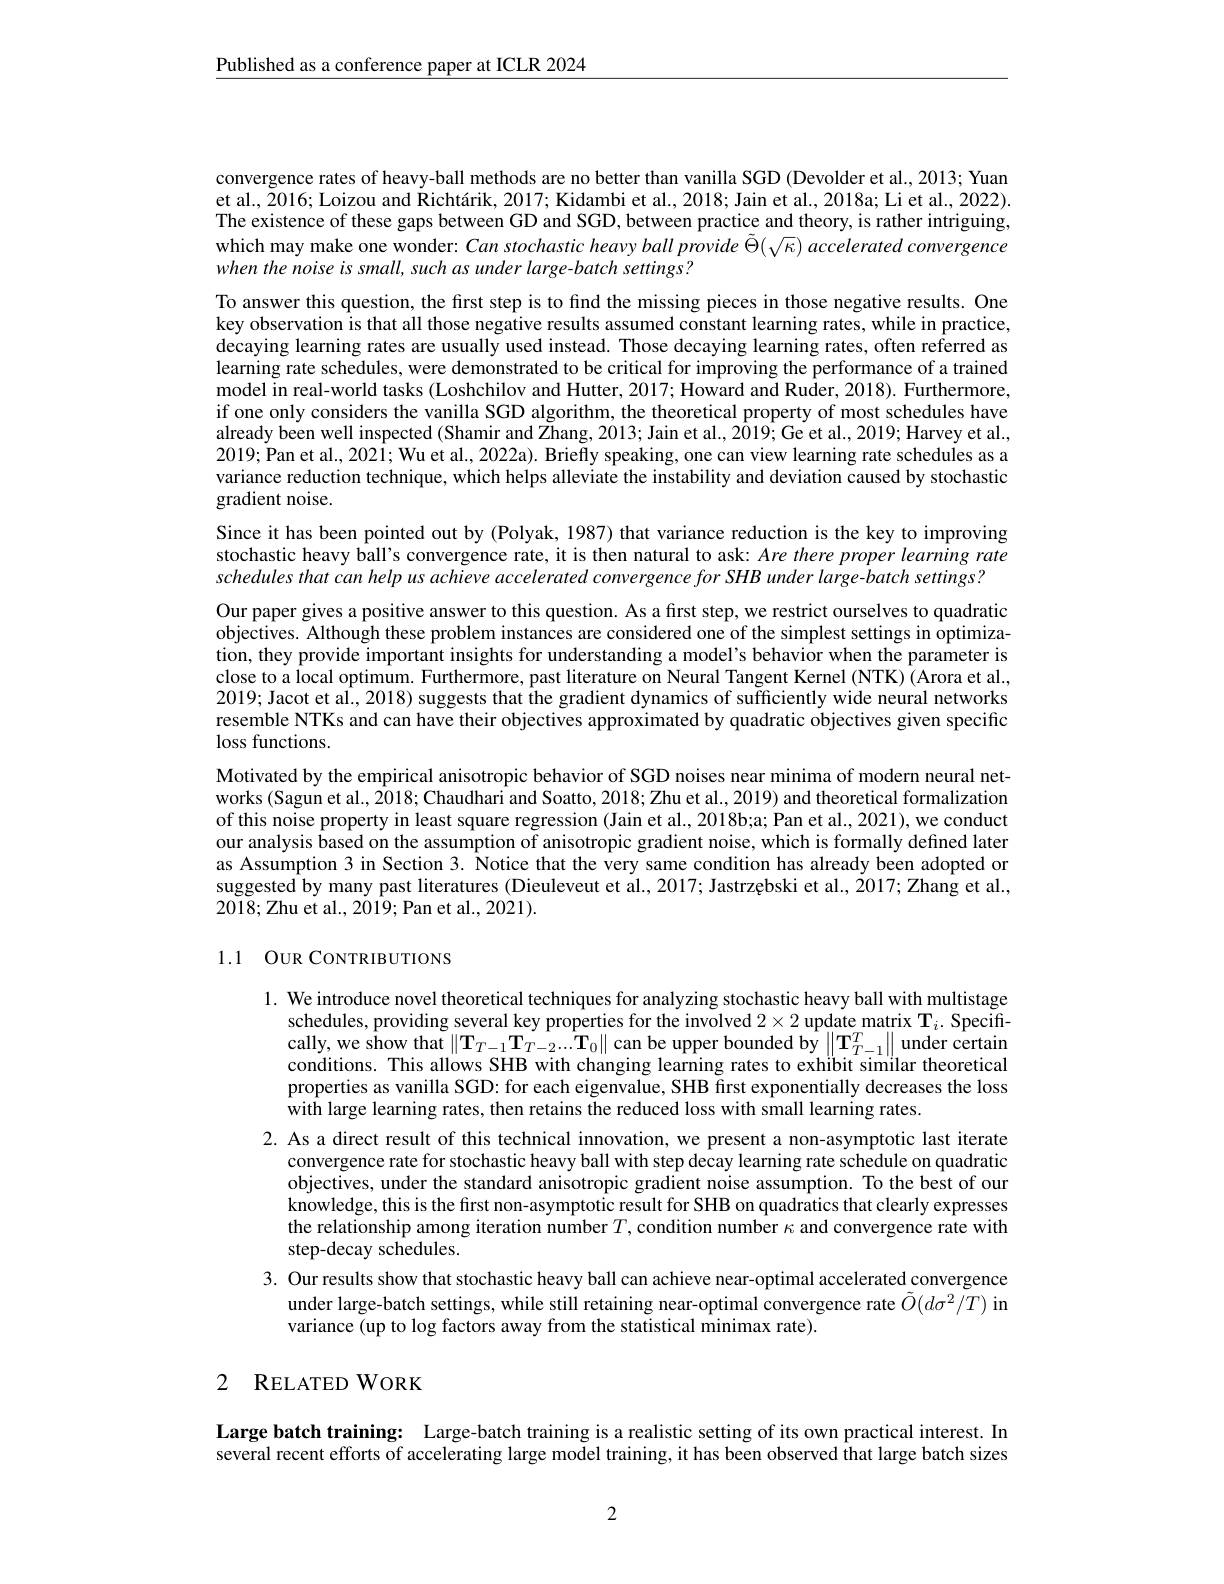
$\underline{\text{Published as a conference paper at ICLR 2024}}$

convergence rates of heavy-ball methods are no better than vanilla SGD (Devolder et al., 2013; Yuan et al., $\tilde{2}016;$ Loizou and $\dot{\text{Richtárik,2017;Kidambietal.,2018;Jainetal.,2018}}$a; Li et al., 2022). The existence of these gaps between GD and SGD, between practice and theory, is rather intriguing, which may make one wonder: Can stochastic heavy ball provide $\tilde{\Theta}(\sqrt{\kappa})$ accelerated convergence when the noise is small, such as under large-batch settings?

To answer this question, the frst step is to find the missing pieces in those negative results. One key observation is that all those negative results assumed constant learning rates, while in practice, decaying learning rates are usually used instead. Those decaying learning rates, often referred as learning rate schedules, were demonstrated to be critical for improving the performance of a trained model in real-world tasks (Loshchilov and Hutter, 2017; Howard and Ruder, 2018). Furthermore, if one only considers the vanilla SGD algorithm, the theoretical property of most schedules have already been well inspected (Shamir and Zhang, 2013; Jain et al., 2019; Ge et al., 2019; Harvey et al., 2019; Pan et al., 2021; Wu et al., 2022a). Briefly speaking, one can view learning rate schedules as a variance reduction technique, which helps alleviate the instability and deviation caused by stochastic gradient noise.

Since it has been pointed out by (Polyak, 1987) that variance reduction is the key to improving stochastic heavy ball's convergence rate, it is then natural to ask: Are there proper learning rate schedules that can help us achieve accelerated convergence for SHB under large-batch settings?
Our paper gives a positive answer to this question. As a first step, we restrict ourselves to quadratic objectives. Although these problem instances are considered one of the simplest settings in optimization, they provide important insights for understanding a model's behavior when the parameter is close to a local optimum. Furthermore, past literature on Neural Tangent Kernel (NTK) (Arora et al., 2019; Jacot et al., 2018) suggests that the gradient dynamics of sufficiently wide neural networks resemble NTKs and can have their objectives approximated by quadratic objectives given specific loss functions.
Motivated by the empirical anisotropic behavior of SGD noises near minima of modern neural networks (Sagun et al., 2018; Chaudhari and Soatto, 2018; Zhu et al., 2019) and theoretical formalization of this noise property in least square regression (Jain et al., 2018b;a; Pan et al., 2021), we conduct our analysis based on the assumption of anisotropic gradient noise, which is formally defined later as Assumption 3 in Section 3. Notice that the very same condition has already been adopted or suggested by many past literatures (Dieuleveut et al., 2017; Jastrzębski et al., 2017; Zhang et al., 2018;Zhu et al., 2019; Pan et al., 2021).

# 1.1 OUR CONTRIBUTIONS

1. We introduce novel theoretical techniques for analyzing stochastic heavy ball with multistage
schedules, providing several key properties for the involved $2\times2$ update matrix T$_i.$ Specifically, we show that $\|\mathbf{T}_{T-1}\mathbf{T}_{T-2}...\mathbf{T}_{0}\|$ can be upper bounded by $\|\mathbf{T}_{T-1}^{T}\|$ under certain conditions. This allows SHB with changing learning rates to exhibit similar theoretical properties as vanilla SGD: for each eigenvalue, SHB first exponentially decreases the loss with large learning rates, then retains the reduced loss with small learning rates.
2. As a direct result of this technical innovation, we present a non-asymptotic last iterate
convergence rate for stochastic heavy ball with step decay learning rate schedule on quadratic objectives, under the standard anisotropic gradient noise assumption. To the best of our knowledge, this is the first non-asymptotic result for SHB on quadratics that clearly expresses the relationship among iteration number $T,\hat{\text{condition number}\kappa}$ and convergence rate with step-decay schedules.
3. Our results show that stochastic heavy ball can achieve near-optimal accelerated convergence
under large-batch settings, while still retaining near-optimal convergence rate $\tilde{O}(d\sigma^2/T)$ in
variance (up to log factors away from the statistical minimax rate).

# 2 RELATED WORK

Large batch training: Large-batch training is a realistic setting of its own practical interest. In several recent efforts of accelerating large model training, it has been observed that large batch sizes

2